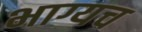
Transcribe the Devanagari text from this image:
भाग्यच